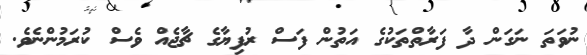
ނުވަތަ ނަގަން ދާ ފަރާތްތަކުގެ އަތުން ފަސް ރުފިޔާގެ ޗާޖެއް ވެސް ކުރަމުންނެވެ.